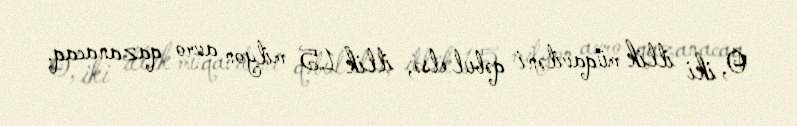
O, iki illik müqaviləni qəbul etsə, illik 1.5 milyon avro qazanacaq.